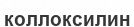
коллоксилин